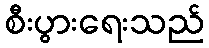
စီးပွားရေးသည်